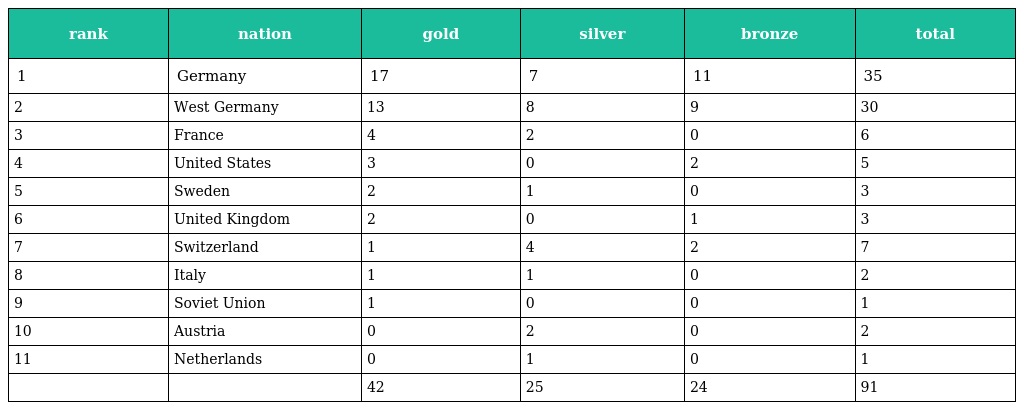
| rank | nation | gold | silver | bronze | total |
 | --- | --- | --- | --- | --- | --- |
 | 1 | Germany | 17 | 7 | 11 | 35 |
 | 2 | West Germany | 13 | 8 | 9 | 30 |
 | 3 | France | 4 | 2 | 0 | 6 |
 | 4 | United States | 3 | 0 | 2 | 5 |
 | 5 | Sweden | 2 | 1 | 0 | 3 |
 | 6 | United Kingdom | 2 | 0 | 1 | 3 |
 | 7 | Switzerland | 1 | 4 | 2 | 7 |
 | 8 | Italy | 1 | 1 | 0 | 2 |
 | 9 | Soviet Union | 1 | 0 | 0 | 1 |
 | 10 | Austria | 0 | 2 | 0 | 2 |
 | 11 | Netherlands | 0 | 1 | 0 | 1 |
 |  |  | 42 | 25 | 24 | 91 |